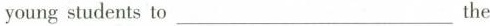
young students to ___ the